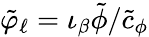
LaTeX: \tilde{\varphi}_{\ell}=\iota_{\beta}\tilde{\phi}/\tilde{c}_{\phi}